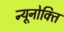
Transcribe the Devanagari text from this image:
न्यूनोक्‍ति